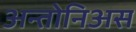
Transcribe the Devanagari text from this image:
अन्तोनिअस